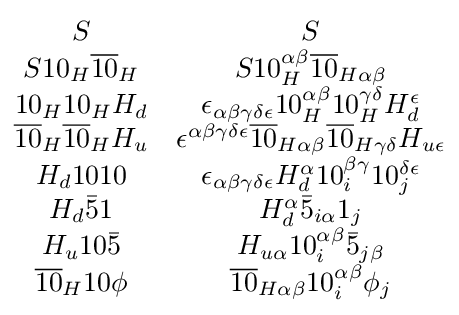
{\begin{matrix}S&S\\S10_{H}{\overline {10}}_{H}&S10_{H}^{\alpha \beta }{\overline {10}}_{H\alpha \beta }\\10_{H}10_{H}H_{d}&\epsilon _{\alpha \beta \gamma \delta \epsilon }10_{H}^{\alpha \beta }10_{H}^{\gamma \delta }H_{d}^{\epsilon }\\{\overline {10}}_{H}{\overline {10}}_{H}H_{u}&\epsilon ^{\alpha \beta \gamma \delta \epsilon }{\overline {10}}_{H\alpha \beta }{\overline {10}}_{H\gamma \delta }H_{u\epsilon }\\H_{d}1010&\epsilon _{\alpha \beta \gamma \delta \epsilon }H_{d}^{\alpha }10_{i}^{\beta \gamma }10_{j}^{\delta \epsilon }\\H_{d}{\bar {5}}1&H_{d}^{\alpha }{\bar {5}}_{i\alpha }1_{j}\\H_{u}10{\bar {5}}&H_{u\alpha }10_{i}^{\alpha \beta }{\bar {5}}_{j\beta }\\{\overline {10}}_{H}10\phi &{\overline {10}}_{H\alpha \beta }10_{i}^{\alpha \beta }\phi _{j}\\\end{matrix}}